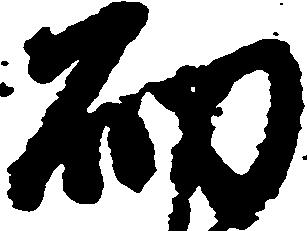
砌